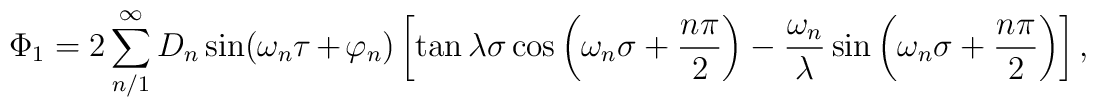
\Phi_1 = 2\sum_{n/1}^{\infty}D_n\sin(\omega_n\tau+\varphi_n) \left[\tan\lambda\sigma\cos\left(\omega_n\sigma+ \frac{n\pi}{2}\right) -                     \\ \frac{\omega_n}{\lambda}\sin\left(\omega_n\sigma+ \frac{n\pi}{2}\right)\right],